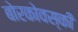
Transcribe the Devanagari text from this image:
बोरकोवस्की